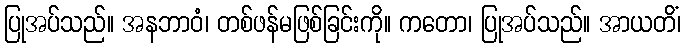
ပြုအပ်သည်။ အနဘာဝံ၊ တစ်ဖန်မဖြစ်ခြင်းကို။ ကတော၊ ပြုအပ်သည်။ အာယတိံ၊